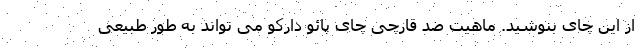
از این چای بنوشید. ماهیت ضد قارچی چای پائو دارکو می تواند به طور طبیعی